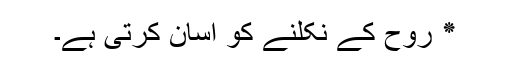
٭ روح کے نکلنے کو آسان کرتی ہے۔